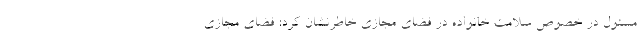
مسئول در خصوص سلامت خانواده در فضای مجازی خاطرنشان کرد: فضای مجازی